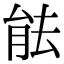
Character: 䏻